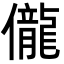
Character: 儱